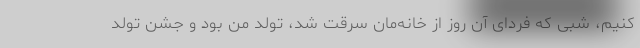
کنیم، شبی که فردای آن روز از خانه‌مان سرقت شد، تولد من بود و جشن تولد